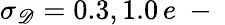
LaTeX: \sigma_{\mathscr D}=0.3,1.0\, e\mathrm{~-~}